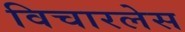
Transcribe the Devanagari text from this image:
विचारलेस